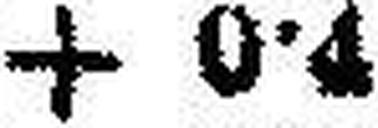
+ 0•4